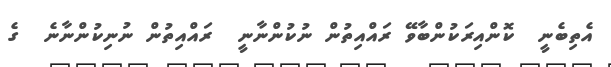
އެތިބެނީ  ކޮންއިރަކުންބާވޭ ރައްއިތުން ނުކުންނާނީ  ރައްއިތުން ނުނިކުންނާނެ  ގެ